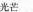
光芒